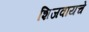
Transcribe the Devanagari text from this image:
शिजवायचे